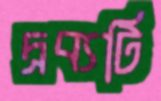
দ্রব্যটি